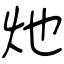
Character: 灺